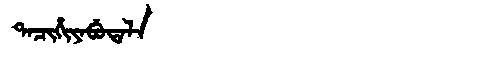
Manchu: ᡨᠠᠴᡳᡥᡳᠶᠠᠪᡠᡨᠠᠯᠠ
Romanization: TACIHIYABUTALA